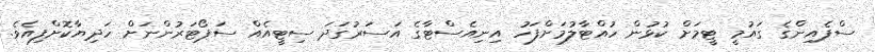
ސްޕެއިންގެ ގައުމީ ޓީމަށް ކުޅުން ހުއްޓާލުމަށްފަހު އިނިއެސްޓާގެ އަސަރުގަދަ ސިޓީއެއް ސަޕޯޓަރުންނަށް ހަދިޔާކޮށްފިއެވެ.